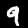
Digit: 9